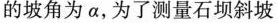
的坡角为α，为了测量石坝斜坡